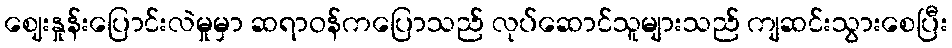
ဈေးနှုန်းပြောင်းလဲမှုမှာ ဆရာဝန်ကပြောသည် လုပ်ဆောင်သူများသည် ကျဆင်းသွားစေပြီး